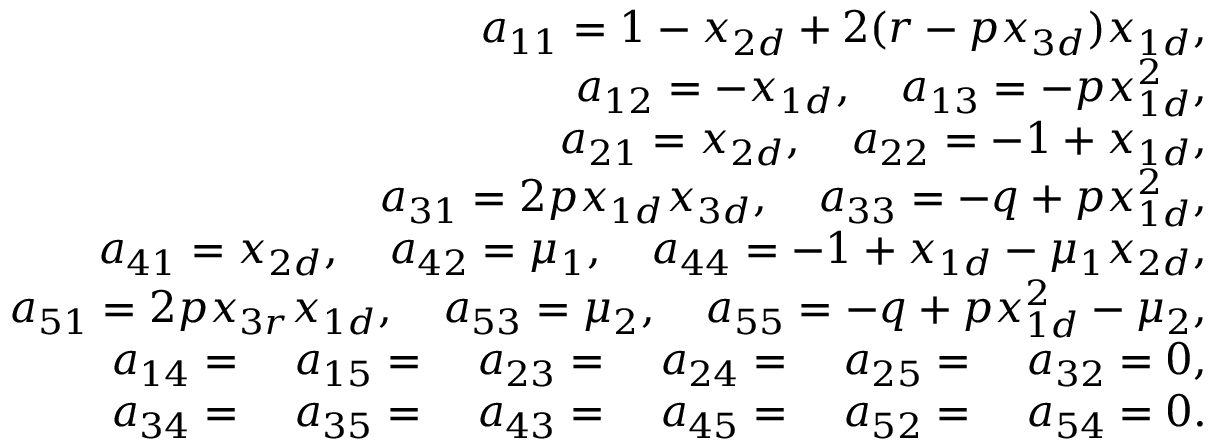
\begin{array} { r } { { a } _ { { 1 } { 1 } } = { 1 - { x } _ { 2 d } + 2 ( r - p { x } _ { 3 d } ) { x } _ { 1 d } } , } \\ { { a } _ { { 1 } { 2 } } = - { x } _ { 1 d } , \quad { a } _ { { 1 } { 3 } } = { - p { x } _ { 1 d } ^ { 2 } } , } \\ { { a } _ { { 2 } { 1 } } = { x } _ { 2 d } , \quad { a } _ { { 2 } { 2 } } = { - 1 + { x } _ { 1 d } } , } \\ { { a } _ { { 3 } { 1 } } = 2 p { x } _ { 1 d } { x } _ { 3 d } , \quad { a } _ { { 3 } { 3 } } = { - q + p { x } _ { 1 d } ^ { 2 } } , } \\ { { a } _ { { 4 } { 1 } } = { { x } _ { 2 d } } , \quad { a } _ { { 4 } { 2 } } = { \mu _ { 1 } } , \quad { a } _ { { 4 } { 4 } } = { - 1 + { x } _ { 1 d } - \mu _ { 1 } { x } _ { 2 d } } , } \\ { { a } _ { { 5 } { 1 } } = 2 p { x } _ { 3 r } { x } _ { 1 d } , \quad { a } _ { { 5 } { 3 } } = \mu _ { 2 } , \quad { a } _ { { 5 } { 5 } } = - q + p { x } _ { 1 d } ^ { 2 } - \mu _ { 2 } , } \\ { { a } _ { { 1 } { 4 } } = \quad a _ { { 1 } { 5 } } = \quad { a } _ { { 2 } { 3 } } = \quad { a } _ { { 2 } { 4 } } = \quad { a } _ { { 2 } { 5 } } = \quad { a } _ { { 3 } { 2 } } = 0 , } \\ { { a } _ { { 3 } { 4 } } = \quad { a } _ { { 3 } { 5 } } = \quad { a } _ { { 4 } { 3 } } = \quad { a } _ { { 4 } { 5 } } = \quad { a } _ { { 5 } { 2 } } = \quad { a } _ { { 5 } { 4 } } = { 0 } . } \end{array}